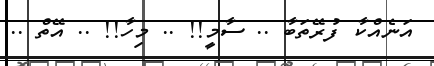
އަނެއްކާ ފުރޭތަބާ .. ސާމީ!! .. މިހާ!! .. އޭތް ..